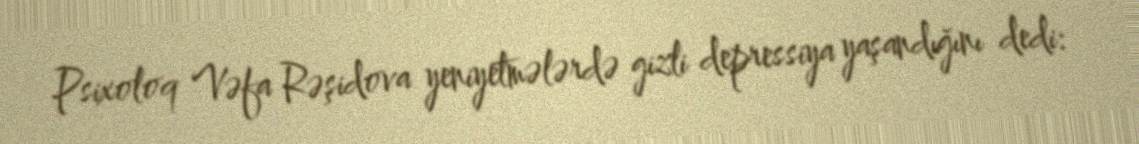
Psixoloq Vəfa Rəşidova yeniyetmələrdə gizli depressiya yaşandığını dedi: